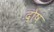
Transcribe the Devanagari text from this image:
दोषं